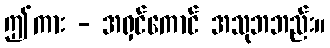
ဤကား - အရှင်ကောင် အသုဘဘည်း။